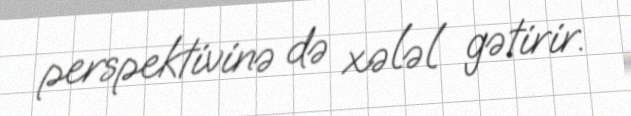
perspektivinə də xələl gətirir.